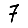
Digit: 7